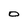
Character: 0